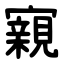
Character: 寴